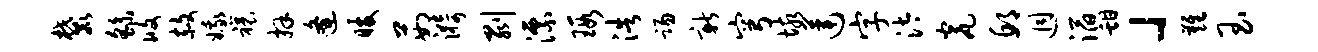
麓繇攸赦娥禳拜逄暖茹漪剥漂瑕浩踢新穹垓莲字汰瓮邱迥滔甜」难玉